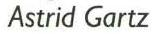
Astrid Gartz